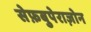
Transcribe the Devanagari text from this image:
सेफ़बुपेराज़ोन